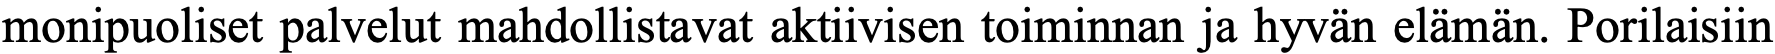
monipuoliset palvelut mahdollistavat aktiivisen toiminnan ja hyvän elämän. Porilaisiin